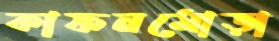
কাফনমোড়া